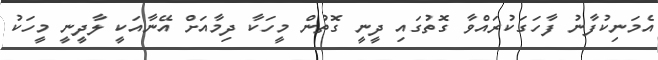
އެމަނިކުފާނު ފާހަގަކުރައްވާ ގޮތުގައި ދީނީ ގޮތުން މީހަކާ ދިމާއަށް އޭނާއަކީ ލާދީނީ މީހަކު